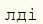
лді